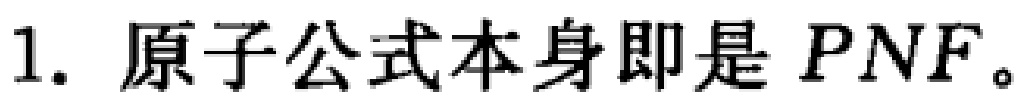
1. 原子公式本身即是 \(PNF\)。